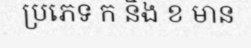
ប្រភេទ ក និង ខ មាន